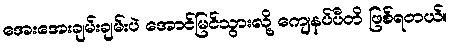
အေးအေးချမ်းချမ်းပဲ အောင်မြင်သွားလို့ ကျေနပ်ပီတိ ဖြစ်ရတယ်။